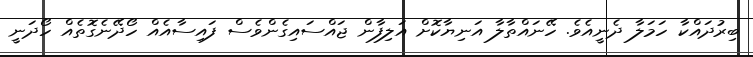
ބިރުދައްކާ ހަމަލާ ދެނީއެވެ. ހޭނައްތާލާ އަނިޔާކޮށް އަލިފާން ޖައްސައިގެންވެސް ފައިސާއެއް ހޯދޭނެގޮތެއް ހޯދަނީ